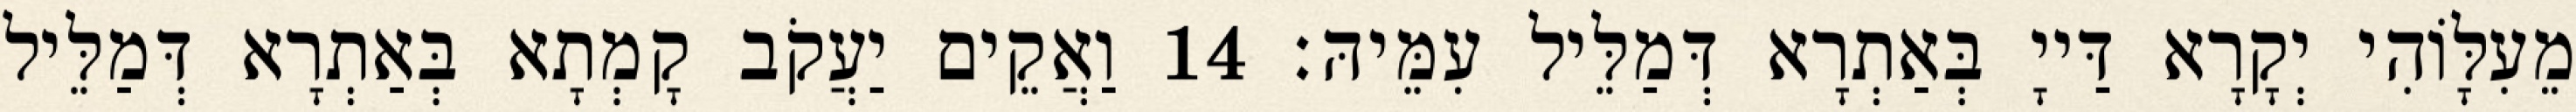
מֵעִלָּוֹהִי יְקָרָא דַּייָ בְּאַתְרָא דְּמַלֵּיל עִמֵּיהּ׃ 14 וַאֲקֵים יַעֲקֹב קָמְתָא בְּאַתְרָא דְּמַלֵּיל